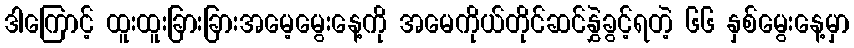
ဒါကြောင့် ထူးထူးခြားခြားအမေ့မွေးနေ့ကို အမေကိုယ်တိုင်ဆင်နွှဲခွင့်ရတဲ့ ၆၆ နှစ်မွေးနေ့မှာ